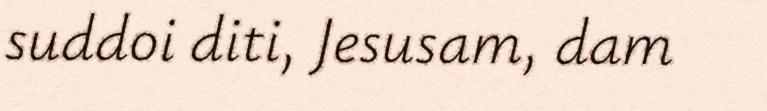
suddoi diti, Jesusam, dam